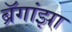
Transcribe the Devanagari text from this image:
ब्रॅगांझा